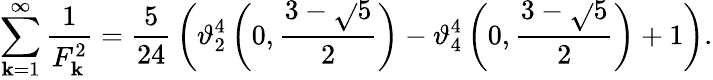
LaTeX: \sum_{\mathbf{k}=1}^{\infty}{\frac{{1}}{{F_{\mathbf{k}}^{2}}}}={\frac{{5}}{{24}}}\left(\vartheta_{2}^{4}\left(0,{\frac{{3-{\sqrt{}{{5}}}}}{{2}}}\right)-\vartheta_{4}^{4}\left(0,{\frac{{3-{\sqrt{}{{5}}}}}{{2}}}\right)+1\right).